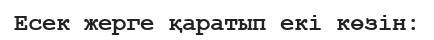
Есек жерге қаратып екі көзін: